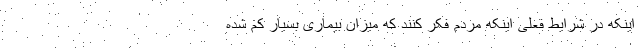
اینکه در شرایط فعلی اینکه مردم فکر کنند که میزان بیماری بسیار کم شده